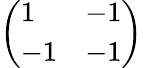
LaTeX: \left(\begin{array}{ll}{1}&{-1}\\ {-1}&{-1}\end{array}\right)